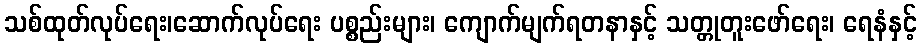
သစ်ထုတ်လုပ်ရေး၊ဆောက်လုပ်ရေး ပစ္စည်းများ၊ ကျောက်မျက်ရတနာနှင့် သတ္တုတူးဖော်ရေး၊ ရေနံနှင့်